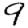
Digit: 9